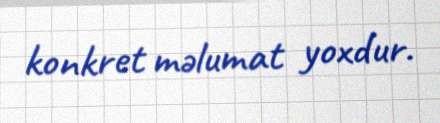
konkret məlumat yoxdur.